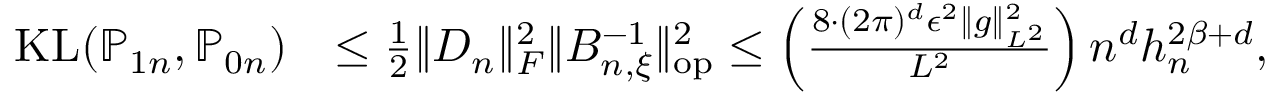
\begin{array} { r l } { \mathrm { K L } ( \mathbb { P } _ { 1 n } , \mathbb { P } _ { 0 n } ) } & { \le \frac { 1 } { 2 } \| D _ { n } \| _ { F } ^ { 2 } \| B _ { n , \xi } ^ { - 1 } \| _ { \mathrm { o p } } ^ { 2 } \le \left( \frac { 8 \cdot ( 2 \pi ) ^ { d } \epsilon ^ { 2 } \| g \| _ { L ^ { 2 } } ^ { 2 } } { L ^ { 2 } } \right) n ^ { d } h _ { n } ^ { 2 \beta + d } , } \end{array}